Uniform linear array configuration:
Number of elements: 32
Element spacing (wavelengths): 0.5
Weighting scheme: uniform
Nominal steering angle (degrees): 15
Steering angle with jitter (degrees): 13.93
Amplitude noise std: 0.05
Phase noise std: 0.05

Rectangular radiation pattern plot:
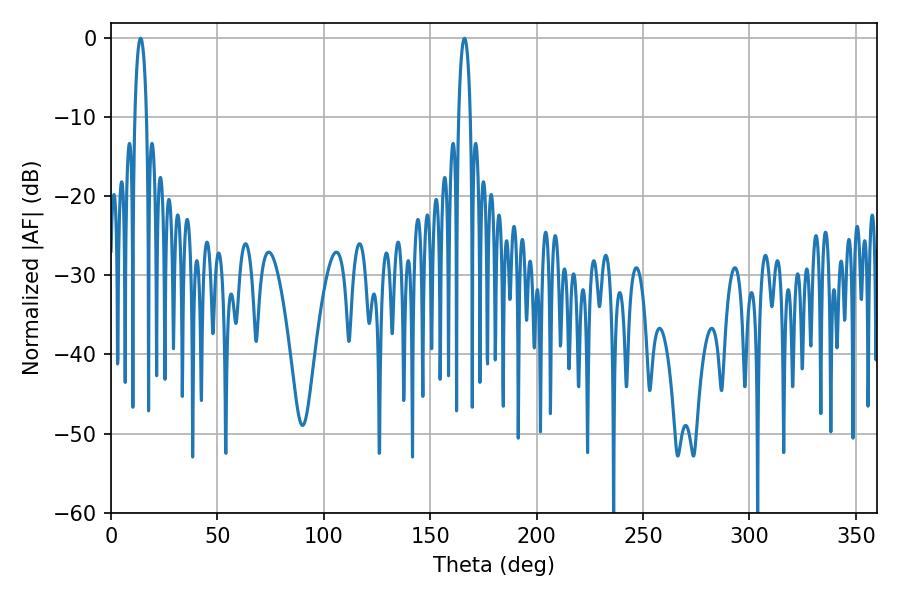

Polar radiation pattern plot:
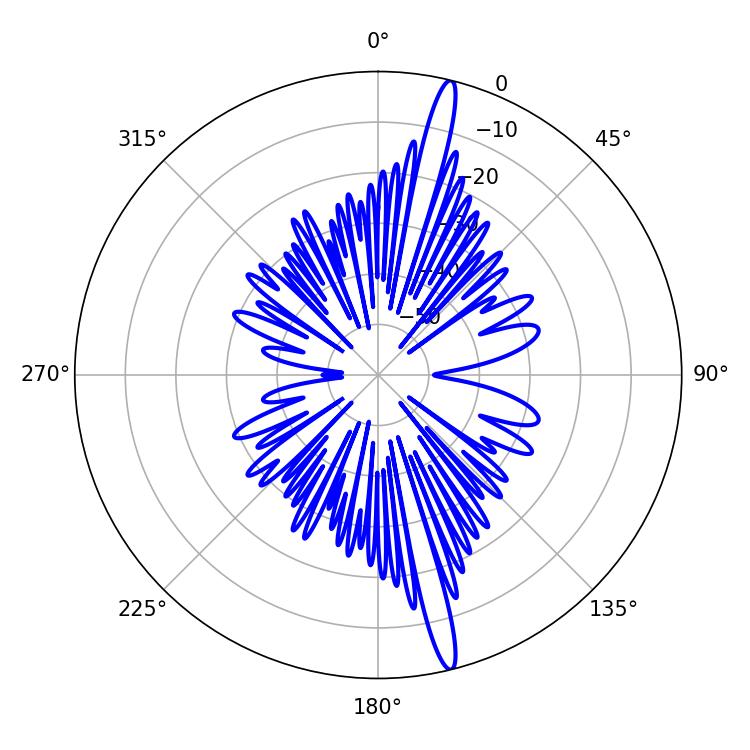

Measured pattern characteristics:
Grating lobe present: FALSE
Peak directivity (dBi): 18.094
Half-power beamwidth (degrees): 3.06
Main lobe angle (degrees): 13.86